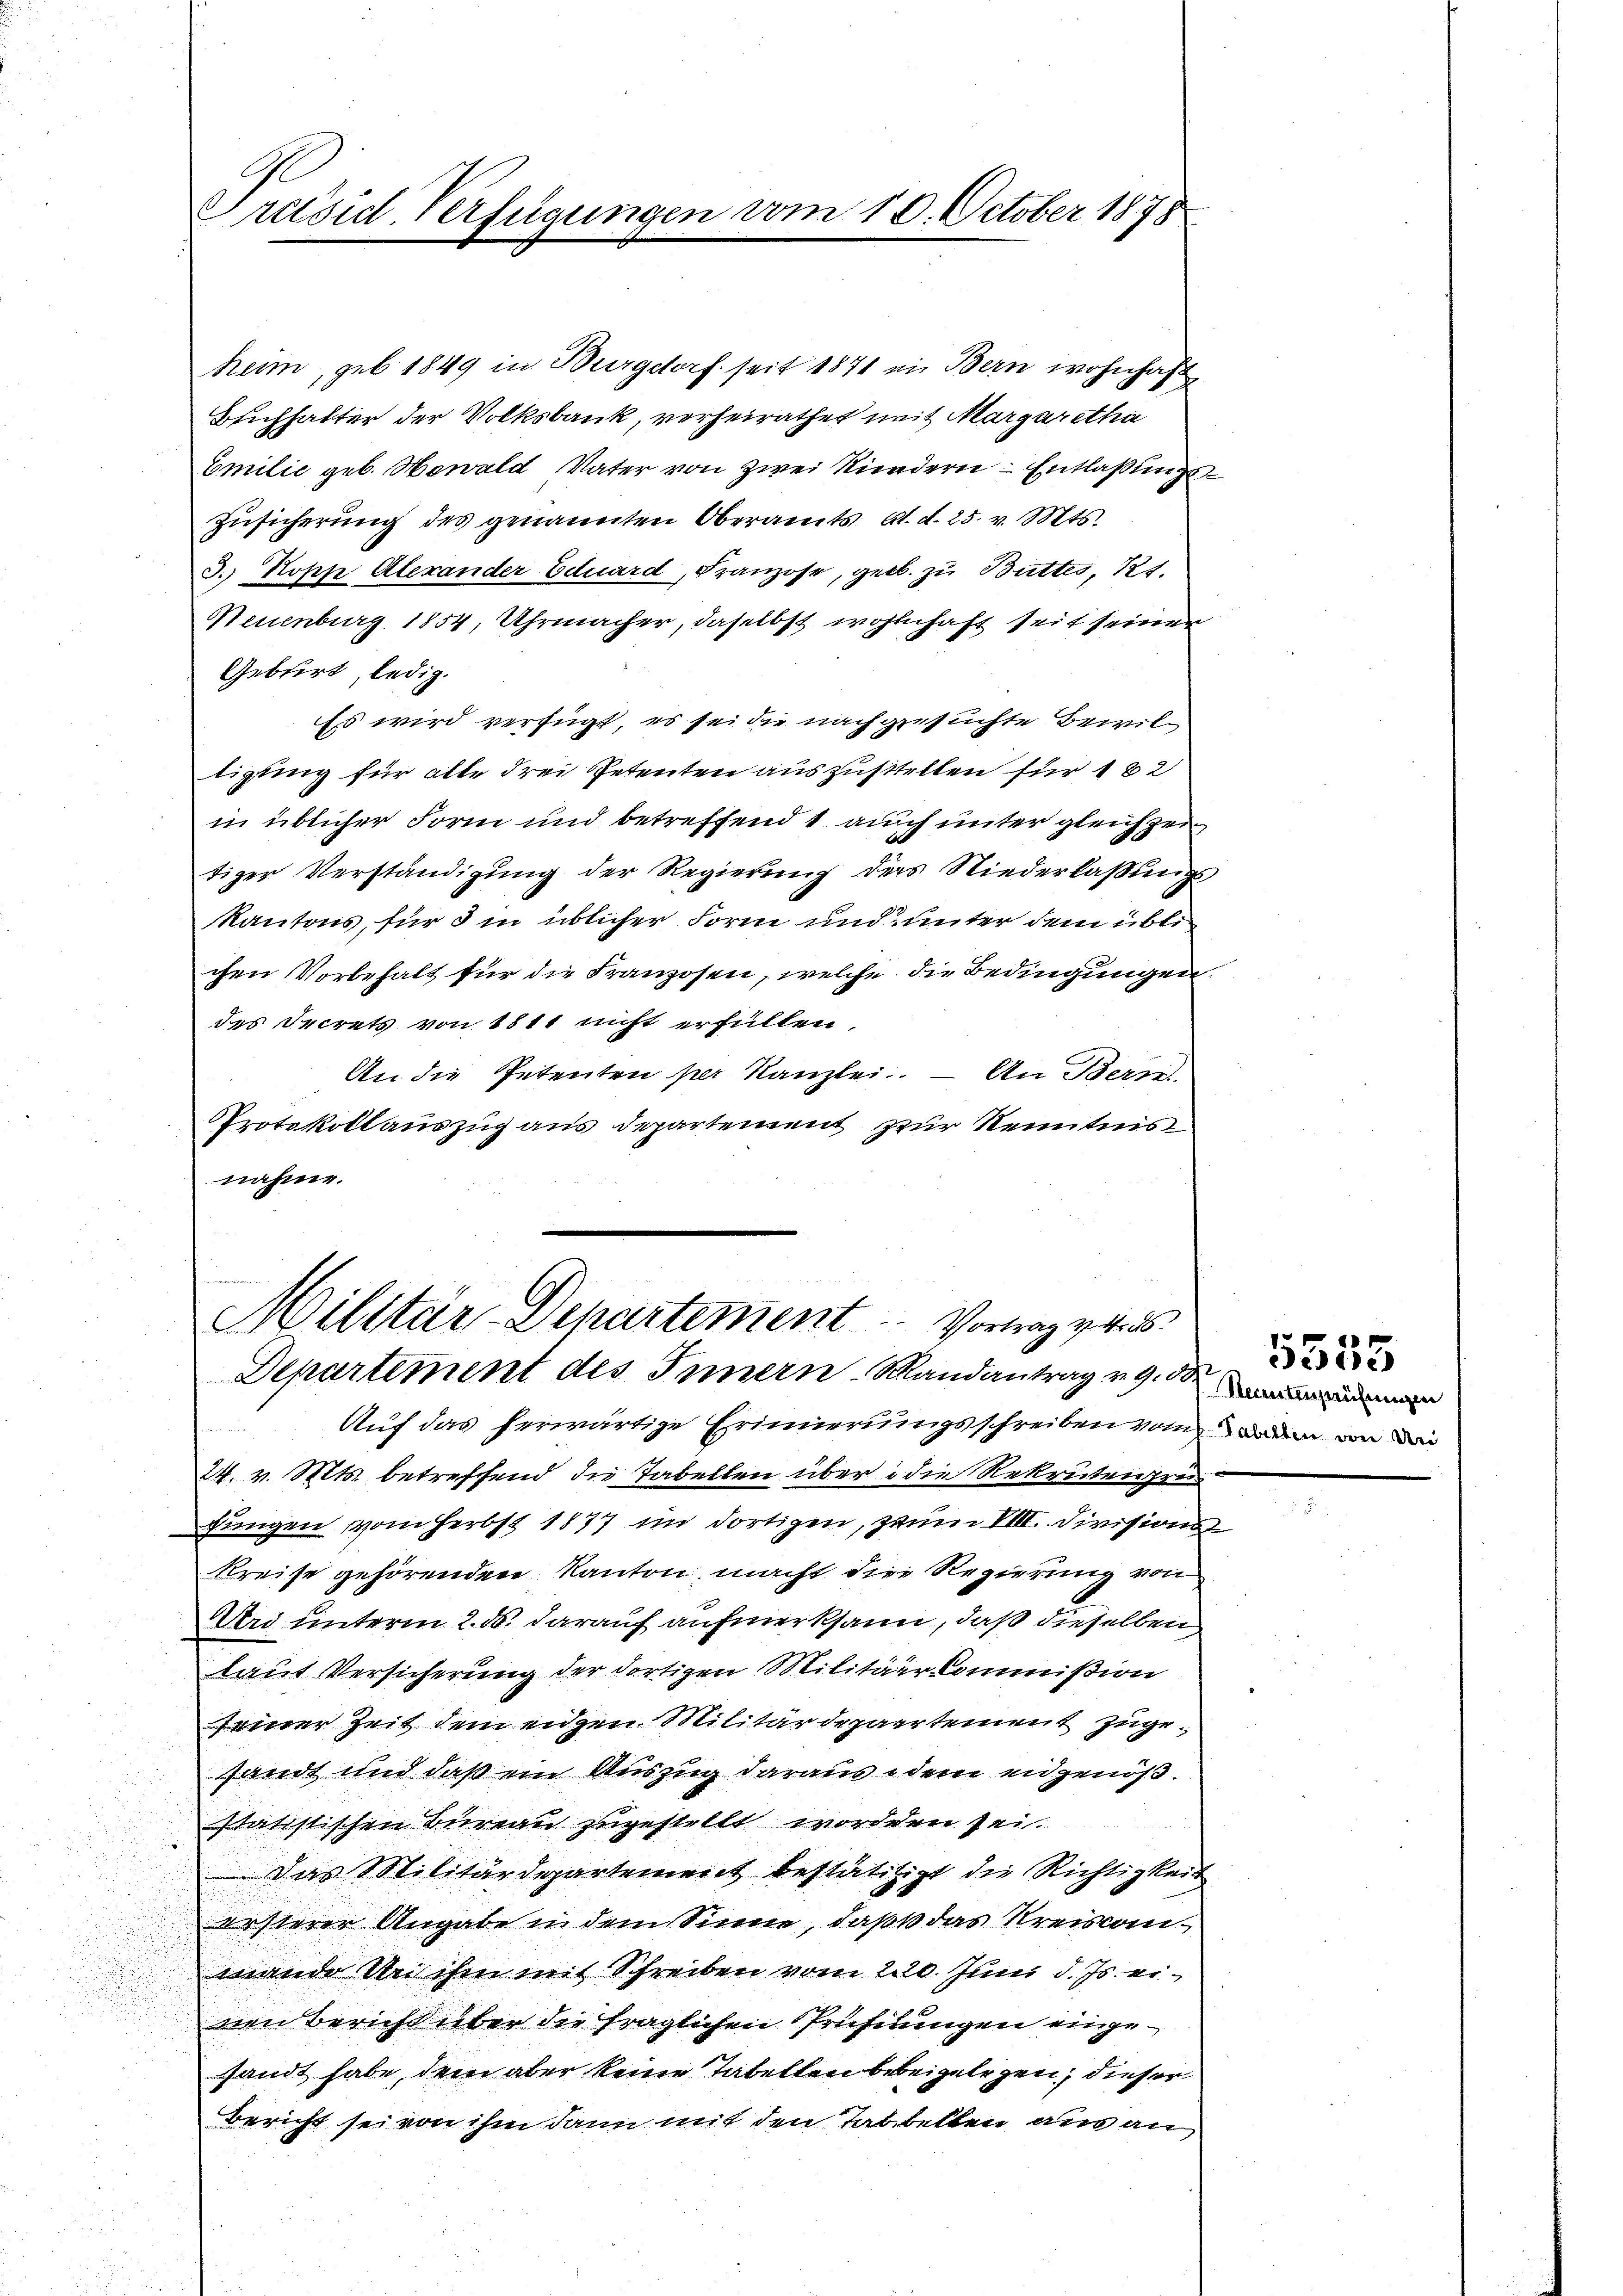
Præsid-Verfügungen

vom 10. October 1878

heim, geb. 1849 in Burgdorf seit 1871 in Bern wohnhaft
Beichhalter der Volksbank, verheirathet mit Margaretha
Emilie geb. Howald Vater von zwei Kindern Entlaßungs¬
Zŭsicherung des genannten Oberamts Al. d. 25. v. Mts.
3. Kosen Aberander Eduard, Franzose, gelb. zu Butter, 11.
Neuenburg 1854, Uhrmacher, daselbst wohlhaft seit seiner
Geburt, ledig.
Es wird verfügt, es sei die nachgesuchte Bewiltigung für alle drei Petenten auszustellen für 182
in üblicher Form und betreffend 1 auch unter gleichzei
tiger Verständigung der Regierung ders Niederlaßungs¬
Kantons, für d in üblicher Form und unter dem üblichen Vorbehalt für die Franzosen, welche die Bedingungen.
des Secrets von 1811 nicht erfüllen.
An die Petenten per Kanzlei. — An Bern
Protokollauszug aus Departement zur Kenntnis
nahme.

Militär-Departement  ..  Vortrag v. 4. d.

Departement des Innern-Mandantrag v. 9. d
Auf das herwärtige Erinnerungsschreiben von den von der
24. v. Mts. betreffend die Tabellen über die Rekrutengrun
fungen vom Herbst 1877 im dortigen, zum VIII. Divisions
Kreise gehörenden Kanton macht die Regierung von
Und unterm 2. ds. darauf aufmerksam, daß dieselben
laut Versicherung der dortigen Militärkommißion
feiner Zeit dem eidgen. Militärdepartement zugesandt und daß ein Auszug daraus dem eidgenößstatistischen Bureau zugestellt worden sei.
Das Militärdepartement bestättigt die Richtigkeit
ersterer Angabe in dem Sinne, daß das Kreisanmande Uri ihm mit Schreiben vom 220. Juni d. Js. einen Bericht über die fraglichen Prüfungen eingesandt habe, dem aber keine Tabellen bebeigelegen, dieser
Bericht sei von ihm dann mit den Tabellen aus an

5533